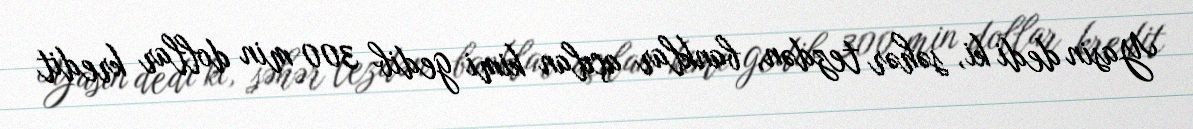
Yasin dedi ki, səhər tezdən, banklar açılan kimi gedib 300 min dollar kredit